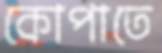
কোপাতে